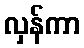
လှန်ကာ